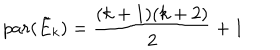
p a r ( \tilde { E } _ { k } ) = { \frac { ( k + 1 ) ( k + 2 ) } { 2 } } + 1